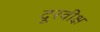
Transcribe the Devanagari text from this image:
दूरवीक्ष